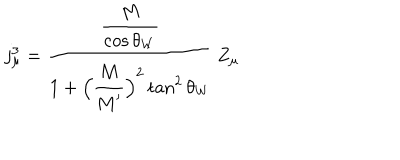
j _ { \mu } ^ { 3 } = \frac { \frac { \strut \displaystyle M } { \strut \displaystyle \cos \theta _ { W } } } { 1 + \strut \displaystyle \Bigl ( \frac { \strut \displaystyle M } { \strut \displaystyle M ^ { \prime } } \Bigr ) ^ { 2 } \tan ^ { 2 } \theta _ { W } } \, Z _ { \mu }